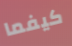
كيفما